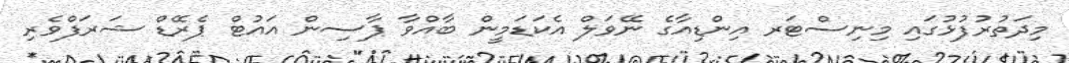
މިދަތުރުފުޅުގައި މިނިސްޓަރ އިންޑިއާގެ ނޭވަލް އެކަޑަމީން ބާއްވާ ޕާސިން އައުޓް ޕެރޭޑް ޝަރަފްވެރި